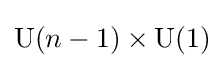
\operatorname {U} (n-1)\times \operatorname {U} (1)